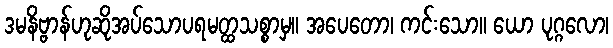
ဒမနိဗ္ဗာန်ဟုဆိုအပ်သောပရမတ္ထသစ္စာမှ။ အပေတော၊ ကင်းသော။ ယော ပုဂ္ဂလော၊